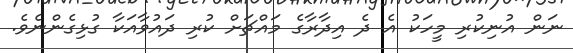
ނަން އުނިކުރި މީހަކު އެ ދެ އިދާރާގެ މައްޗަށް ކުރި ދައުވާއަކާ ގުޅިގެންނެވެ.